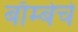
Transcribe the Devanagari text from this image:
बाँम्बेचे